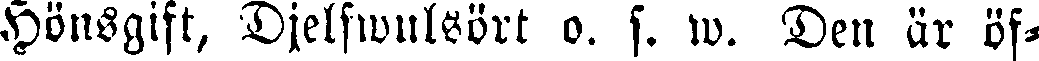
Hönsgift, Djelfwulsört o. s. w. Den är öf-